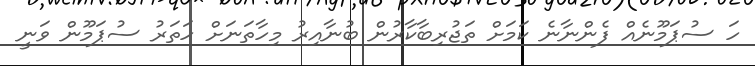
ހަ ސުޕަމޫނެއް ފެންނާނެ ކަމަށް ތަޖުރިބާކާރުން ބުނާއިރު މިހާތަނަށް ހަތަރު ސުޕަމޫން ވަނީ